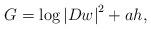
LaTeX: \begin{align*} G = \log \left| {Dw} \right|^2 + ah,\end{align*}